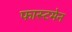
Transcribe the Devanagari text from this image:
फास्टमेन